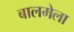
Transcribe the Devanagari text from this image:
बालमेला